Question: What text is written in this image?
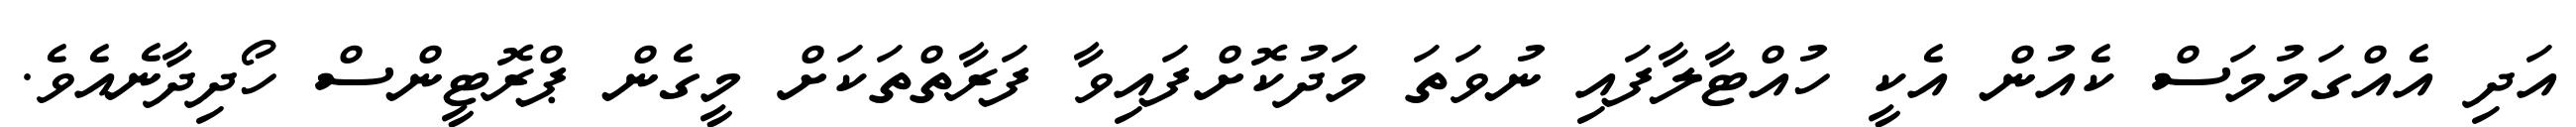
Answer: އަދި އެއްގަމުމަސް ކެއުން އެކީ ހުއްޓާލާފައި ނުވަތަ މަދުކޮށްފައިވާ ފަރާތްތަކަށް މީގެން ޕްރޮޓީންސް ހޯދިދާނެއެވެ.